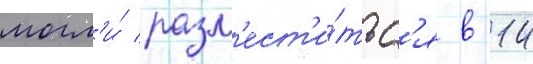
могл'и́ разм'ест'и́тьс'я в 14